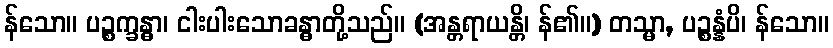
န်သော။ ပဉ္စက္ခန္ဓာ၊ ငါးပါးသောခန္ဓာတို့သည်။ (အန္တရာယန္တိ၊ န်၏။) တသ္မာ, ပဉ္စန္နံပိ၊ န်သော။